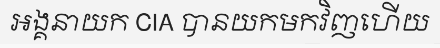
អង្គនាយក CIA បានយកមកវិញហើយ